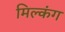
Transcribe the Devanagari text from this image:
मिल्कंग